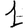
Digit: 1